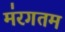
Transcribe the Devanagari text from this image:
म॑रगतम